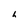
Character: h